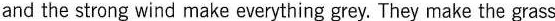
and the strong wind make everything grey. They make the grass